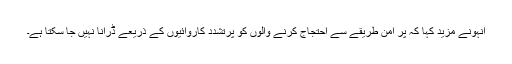
انہونے مزید کہا کہ پر امن طریقے سے احتجاج کرنے والوں کو پرتشدد کاروائیوں کے ذریعے ڈرانا نہیں جا سکتا ہے۔